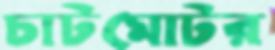
চাটমোটর